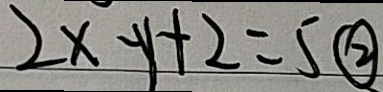
2 x - y + 2 = 5 \textcircled { 2 }